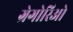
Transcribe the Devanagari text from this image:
ग्रेगोरिओ